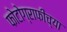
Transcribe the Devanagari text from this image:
फोटोग्राफीच्या